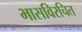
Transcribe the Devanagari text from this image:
भासविरचित